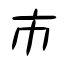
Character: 市